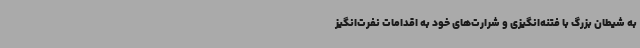
به شیطان بزرگ با فتنه‌انگیزی و شرارت‌های خود به اقدامات نفرت‌انگیز